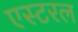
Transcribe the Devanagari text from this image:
एस्टरल